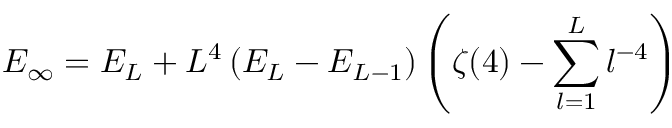
E _ { \infty } = E _ { L } + L ^ { 4 } \left( E _ { L } - E _ { L - 1 } \right) \left( \zeta ( 4 ) - \sum _ { l = 1 } ^ { L } l ^ { - 4 } \right)